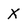
Character: X